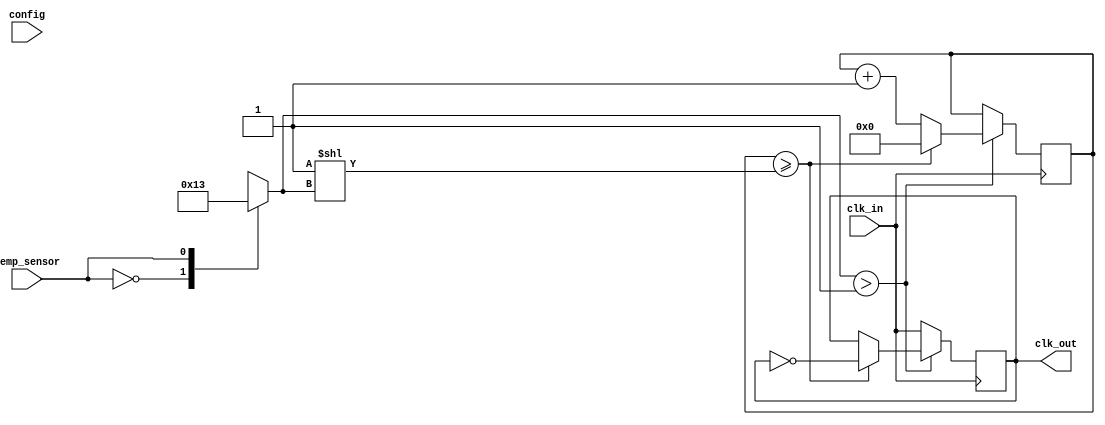
module TempCompensatedClockBuffer (
    input wire clk_in,               // Input clock signal
    input wire temp_sensor,          // Temperature sensing input (could be an ADC value)
    input wire [1:0] config,         // Configuration inputs for drive strength and operation modes
    output reg clk_out               // Buffered output clock signal
);

    // Internal parameters for delay and drive strength
    parameter BASE_DRIVE_STRENGTH = 2'b01; // Base drive strength setting
    parameter TEMP_COMPENSATION_FACTOR = 2'd2; // Example factor for temperature compensation

    reg [3:0] drive_strength;
    reg [31:0] clk_divider;

    // Clock division to simulate amplification and delay
    always @(posedge clk_in) begin
        // Adjust drive strength based on temperature sensing input
        // Here you would implement a more sophisticated compensation mechanism
        case (temp_sensor)
            1'b0: drive_strength = BASE_DRIVE_STRENGTH; // Example: Low temperature handling
            1'b1: drive_strength = BASE_DRIVE_STRENGTH + TEMP_COMPENSATION_FACTOR; // Adjust drive strength
            default: drive_strength = BASE_DRIVE_STRENGTH; // Default case
        endcase
        
        // Example logic to adjust the output clock signal based on drive strength
        if (drive_strength > 2'd1) begin
            // Amplified clock simulation
            clk_divider <= clk_divider + 1;
            if (clk_divider >= (1 << drive_strength)) begin
                clk_out <= ~clk_out; // Toggle output clock
                clk_divider <= 0;     // Reset divider
            end
        end else begin
            clk_out <= clk_in; // Directly pass the input clock
        end
    end

endmodule